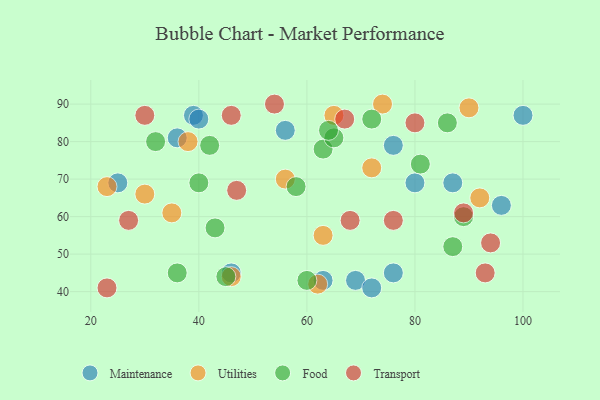
{"axis": {"x": "GDP", "y": "Life Expectancy"}, "legend": ["Food", "Maintenance", "Transport", "Utilities"], "data": [{"x": "96", "y": 63, "type": "Maintenance"}, {"x": "80", "y": 69, "type": "Maintenance"}, {"x": "69", "y": 43, "type": "Maintenance"}, {"x": "72", "y": 41, "type": "Maintenance"}, {"x": "63", "y": 43, "type": "Maintenance"}, {"x": "25", "y": 69, "type": "Maintenance"}, {"x": "39", "y": 87, "type": "Maintenance"}, {"x": "87", "y": 69, "type": "Maintenance"}, {"x": "76", "y": 45, "type": "Maintenance"}, {"x": "40", "y": 86, "type": "Maintenance"}, {"x": "36", "y": 81, "type": "Maintenance"}, {"x": "56", "y": 83, "type": "Maintenance"}, {"x": "100", "y": 87, "type": "Maintenance"}, {"x": "76", "y": 79, "type": "Maintenance"}, {"x": "46", "y": 45, "type": "Maintenance"}, {"x": "92", "y": 65, "type": "Utilities"}, {"x": "90", "y": 89, "type": "Utilities"}, {"x": "63", "y": 55, "type": "Utilities"}, {"x": "30", "y": 66, "type": "Utilities"}, {"x": "35", "y": 61, "type": "Utilities"}, {"x": "23", "y": 68, "type": "Utilities"}, {"x": "65", "y": 87, "type": "Utilities"}, {"x": "62", "y": 42, "type": "Utilities"}, {"x": "74", "y": 90, "type": "Utilities"}, {"x": "46", "y": 44, "type": "Utilities"}, {"x": "38", "y": 80, "type": "Utilities"}, {"x": "72", "y": 73, "type": "Utilities"}, {"x": "56", "y": 70, "type": "Utilities"}, {"x": "86", "y": 85, "type": "Food"}, {"x": "43", "y": 57, "type": "Food"}, {"x": "72", "y": 86, "type": "Food"}, {"x": "45", "y": 44, "type": "Food"}, {"x": "81", "y": 74, "type": "Food"}, {"x": "63", "y": 78, "type": "Food"}, {"x": "60", "y": 43, "type": "Food"}, {"x": "58", "y": 68, "type": "Food"}, {"x": "87", "y": 52, "type": "Food"}, {"x": "32", "y": 80, "type": "Food"}, {"x": "40", "y": 69, "type": "Food"}, {"x": "89", "y": 60, "type": "Food"}, {"x": "65", "y": 81, "type": "Food"}, {"x": "64", "y": 83, "type": "Food"}, {"x": "36", "y": 45, "type": "Food"}, {"x": "42", "y": 79, "type": "Food"}, {"x": "67", "y": 86, "type": "Transport"}, {"x": "27", "y": 59, "type": "Transport"}, {"x": "23", "y": 41, "type": "Transport"}, {"x": "93", "y": 45, "type": "Transport"}, {"x": "80", "y": 85, "type": "Transport"}, {"x": "30", "y": 87, "type": "Transport"}, {"x": "46", "y": 87, "type": "Transport"}, {"x": "89", "y": 61, "type": "Transport"}, {"x": "76", "y": 59, "type": "Transport"}, {"x": "47", "y": 67, "type": "Transport"}, {"x": "68", "y": 59, "type": "Transport"}, {"x": "94", "y": 53, "type": "Transport"}, {"x": "54", "y": 90, "type": "Transport"}]}